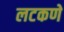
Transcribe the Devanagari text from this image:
लटकणे